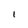
Character: l